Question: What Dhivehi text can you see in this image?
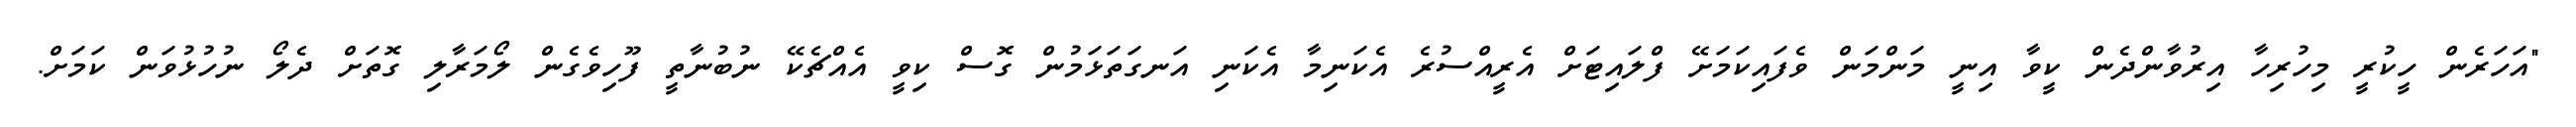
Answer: "އަހަރެން ހީކުރީ މިހުރިހާ އިރުވާންދެން ކީވާ އިނީ މަންމަން ވެފައިކަމަށޭ ފްލައިޓަށް އެރީއްސުރެ އެކަނިމާ އެކަނި އަނގަތަޅަމުން ގޮސް ކިވީ އެއްޗެކޭ ނުބުނާތީ ފޫހިވެގެން ލޯމަރާލި ގޮތަށް ދެލޯ ނުހުޅުވަން ކަމަށް.